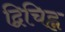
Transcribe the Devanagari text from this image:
द्विचिह्न